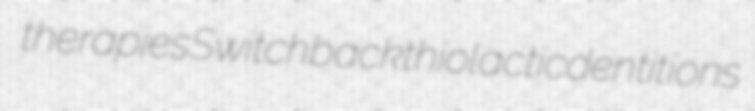
therapies Switchback thiolactic dentitions